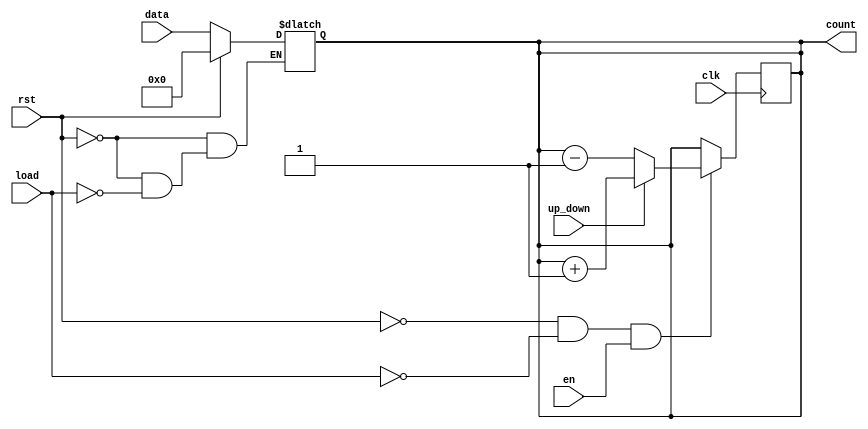
module async_load_counter #(
    parameter WIDTH = 8,               // Width of the counter
    parameter INITIAL_VALUE = 0        // Initial value on reset
)(
    input wire clk,                    // Clock signal
    input wire rst,                    // Asynchronous reset
    input wire load,                   // Asynchronous load signal
    input wire [WIDTH-1:0] data,      // Data input to load into counter
    input wire en,                     // Count enable
    input wire up_down,                // Count direction: 1 for up, 0 for down
    output reg [WIDTH-1:0] count       // Current counter value
);

    // Asynchronous reset and load
    always @(*) begin
        if (rst) begin
            count = INITIAL_VALUE;     // Reset to initial value
        end else if (load) begin
            count = data;              // Load specified data
        end
    end

    // Counting operation on clock edge
    always @(posedge clk) begin
        if (!rst && !load && en) begin
            if (up_down) begin
                count <= count + 1;    // Increment counter
            end else begin
                count <= count - 1;    // Decrement counter
            end
        end
    end

endmodule